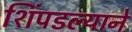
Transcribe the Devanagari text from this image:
शिंपडल्याने